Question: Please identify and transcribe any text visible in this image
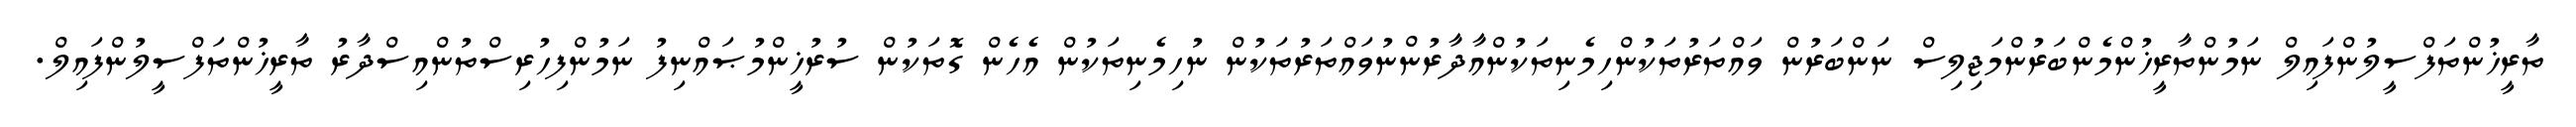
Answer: ތާރީޚުންތަފްސީލުންފައިލް ނަމުންތާރީޚުންމެންބަރުންމަޖިލިސް ނަންބަރުން ވައްތަރުތަކުންހިމެނިތަކުންއާދާރުންނުވައްތަރުތަކުން ނުހިމެނިތަކުން އެހެން ގޮތަކުން ސުރުޚީންމުޞައްނިފު ނަމުންފިހުރިސްތުންއިސްދާރު ތާރީޚުންތަފްސީލުންފައިލް.